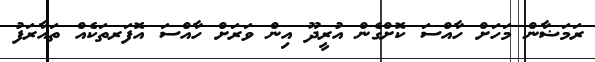
ރަމަޟާން މަހަށް ހާއްސަ ކޮށްގެން އުރީދޫ އިން ވަރަށް ހާއްސަ އޮފަރތަކެއް ތައާރަފު